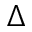
\Delta